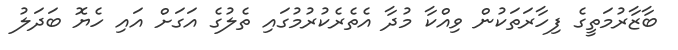
ބާޒާރުމަތީގެ ފިހާރަތަކުން ވިއްކާ މުދާ އެތެރެކުރުމުގައި ތެލުގެ އަގަށް އައި ހެޔޮ ބަދަލު